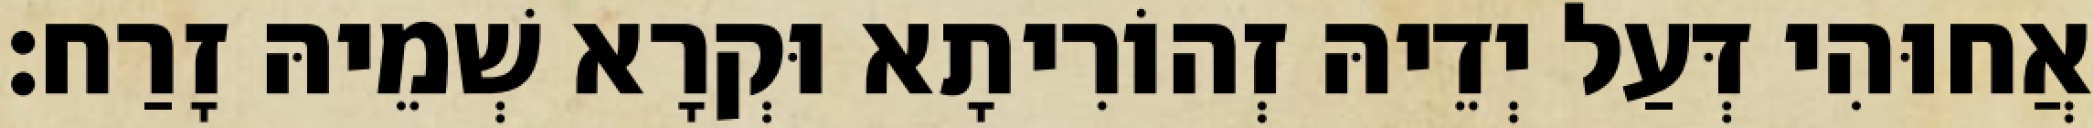
אֲחוּהִי דְּעַל יְדֵיהּ זְהוֹרִיתָא וּקְרָא שְׁמֵיהּ זָרַח׃